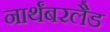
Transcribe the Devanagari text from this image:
नार्थंबरलैड